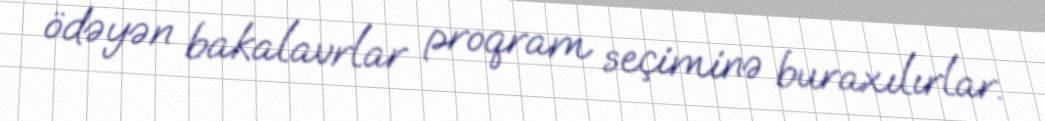
ödəyən bakalavrlar proqram seçiminə buraxılırlar.